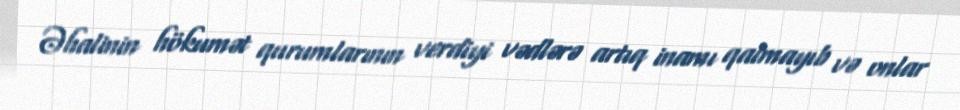
Əhalinin hökumət qurumlarının verdiyi vədlərə artıq inamı qalmayıb və onlar